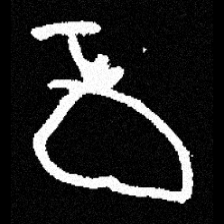
Pyu character \u2014 Myanmar letter: ဝ (romanized: wa)